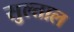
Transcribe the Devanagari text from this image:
सुल्ताल